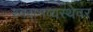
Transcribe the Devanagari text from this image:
श्वसनव्यस्थेवर